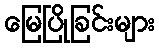
မြေပြိုခြင်းများ